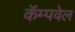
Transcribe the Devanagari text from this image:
कॅम्पवेल